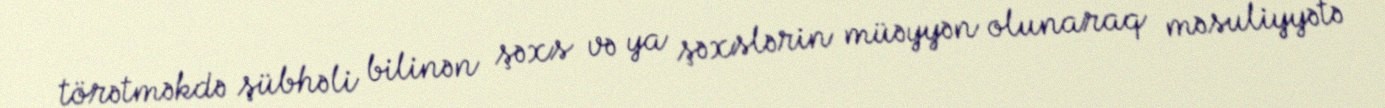
törətməkdə şübhəli bilinən şəxs və ya şəxslərin müəyyən olunaraq məsuliyyətə